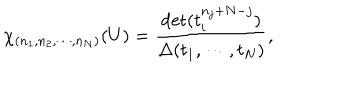
\chi _ { ( n _ { 1 } , n _ { 2 } , \cdots , n _ { N } ) } ( U ) = \frac { \det ( t _ { i } ^ { n _ { j } + N - j } ) } { \Delta ( t _ { 1 } , \cdots , t _ { N } ) } ,